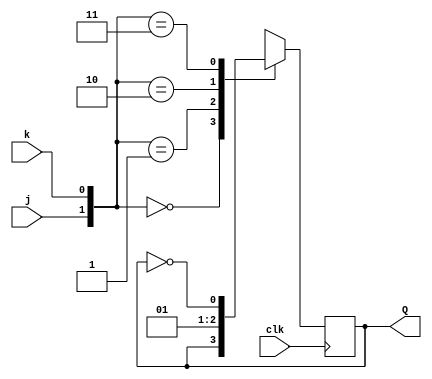
//
//
// https://hdlbits.01xz.net/wiki/Exams/ece241_2013_q7
//
//

`default_nettype none

module top_module (
    input   clk,
    input   j,
    input   k,
    output  Q
); 

    reg     q_r;
    always @(posedge clk) begin
        case ({j, k})
        2'b00 : q_r <= q_r;
        2'b01 : q_r <= 1'b0;
        2'b10 : q_r <= 1'b1;
        2'b11 : q_r <= ~q_r;
        endcase
    end

    assign Q = q_r;

endmodule